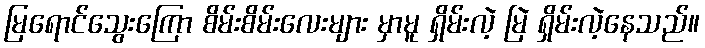
မြရောင်သွေးကြော စိမ်းစိမ်းလေးများ မှာမူ ရှိမ်းလဲ့ မြဲ ရှိမ်းလဲ့နေသည်။